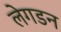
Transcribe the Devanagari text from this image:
लेगडन